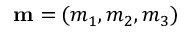
\mathbf { m } = ( m _ { 1 } , m _ { 2 } , m _ { 3 } )